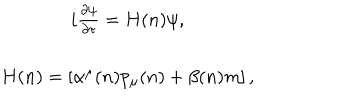
\begin{array} { c } { { i \frac { \partial \psi } { \partial \tau } = H ( n ) \psi , } } \\ { { H ( n ) = \left[ \alpha ^ { \mu } ( n ) p _ { \mu } ( n ) + \beta ( n ) m \right] , } } \\ \end{array}